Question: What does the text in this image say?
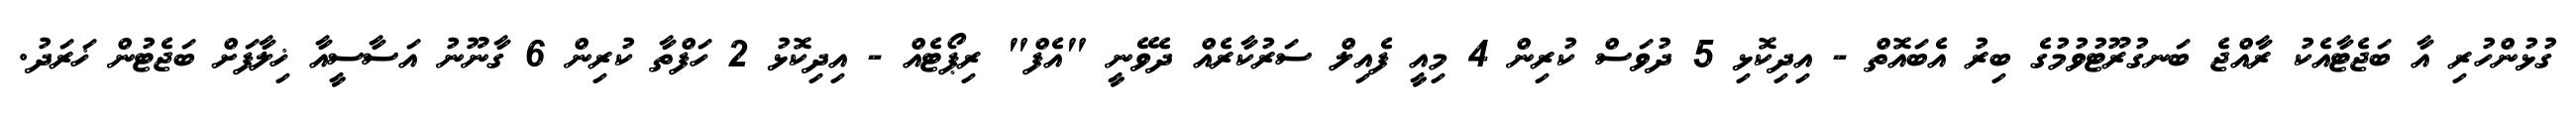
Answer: ގުޅުންހުރި އާ ބަޖެޓާއެކު ރާއްޖެ ބަނގުރޫޓުވުމުގެ ބިރު އެބައޮތް - އިދިކޮޅި 5 ދުވަސް ކުރިން 4 މިއީ ފެއިލް ސަރުކާރެއް ދެވޭނީ "އެފް" ރިޕޯޓެއް - އިދިކޮޅު 2 ހަފްތާ ކުރިން 6 ގާނޫނު އަސާސީއާ ޚިލާފަށް ބަޖެޓުން ޚަރަދު.